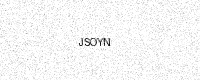
Text: JSOYN